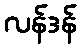
လန်ဒန်